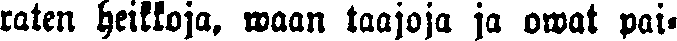
raten heikkoja, waan taajoja ja owat pai-